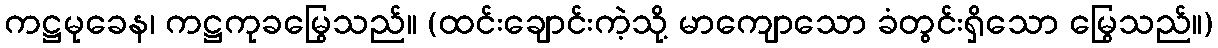
ကဋ္ဌမုခေန၊ ကဋ္ဌကုခမြွေသည်။ (ထင်းချောင်းကဲ့သို့ မာကျောသော ခံတွင်းရှိသော မြွေသည်။)